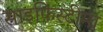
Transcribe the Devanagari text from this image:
साइफ़िस्टीमा